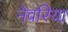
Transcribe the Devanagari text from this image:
नेवरिया